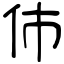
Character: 伂